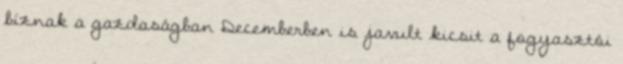
bíznak a gazdaságban Decemberben is javult kicsit a fogyasztói